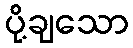
ပို့ချသော